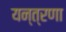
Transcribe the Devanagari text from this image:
यन्त्रणा